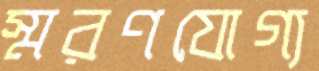
স্মরণযোগ্য